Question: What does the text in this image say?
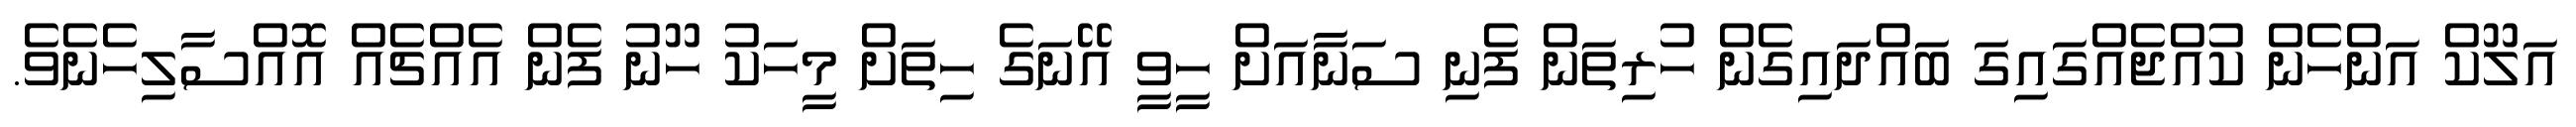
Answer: އަލޫކް އަންހެން ކުއްޖެއްގައިގަ ބައްދައިގެން ހުރިތަން ފެނި ސަނާއަށް ހީވީ އޭނަގެ ހިތަށް މީހަކު ހޫނު ފެން އެއްޗެއް އޮއްސާލިހެނެވެ.